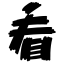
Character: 看